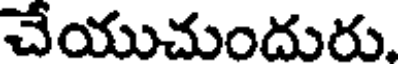
చేయుచుందురు.